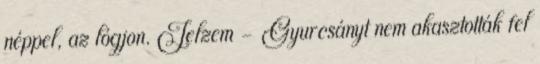
néppel, az lógjon. Jelzem - Gyurcsányt nem akasztották fel